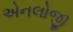
એનલોજી